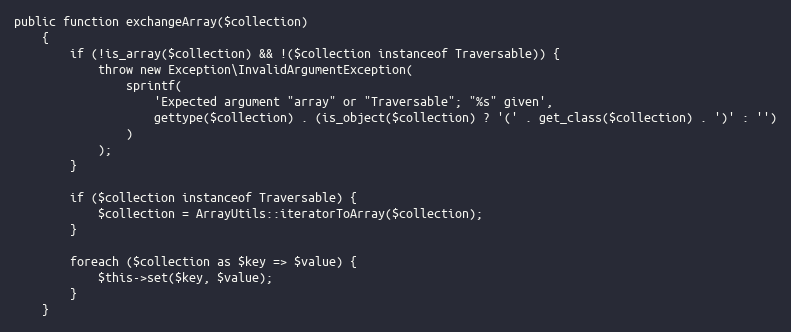
Language: PHP
public function exchangeArray($collection)
    {
        if (!is_array($collection) && !($collection instanceof Traversable)) {
            throw new Exception\InvalidArgumentException(
                sprintf(
                    'Expected argument "array" or "Traversable"; "%s" given',
                    gettype($collection) . (is_object($collection) ? '(' . get_class($collection) . ')' : '')
                )
            );
        }

        if ($collection instanceof Traversable) {
            $collection = ArrayUtils::iteratorToArray($collection);
        }

        foreach ($collection as $key => $value) {
            $this->set($key, $value);
        }
    }